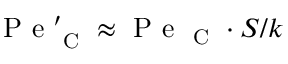
\mathrm { ~ P ~ e ~ } _ { \mathrm { ~ C ~ } } ^ { \prime } \approx \mathrm { ~ P ~ e ~ } _ { \mathrm { ~ C ~ } } \cdot S / k